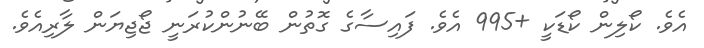
އެވެ. ކޯލިން ކޯޑަކީ +995 އެވެ. ފައިސާގެ ގޮތުން ބޭނުންކުރަނީ ޖޯޖިޔަން ލާރިއެވެ.